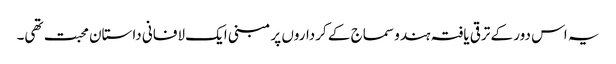
یہ اس دور کے ترقی یافتہ ہندو سماج کے کرداروں پر مبنی ایک لافانی داستان محبت تھی۔